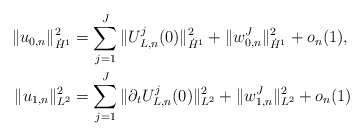
\begin{align*}\| u_{0,n} \|_{\dot H^1}^2 &= \sum_{j = 1}^J \| U^j_{L,n}(0) \|^2_{\dot H^1} + \| w^J_{0,n} \|^2_{\dot H^1} + o_n(1), \\\| u_{1,n} \|_{L^2}^2 &= \sum_{j = 1}^J \| \partial_t U^j_{L,n}(0) \|^2_{L^2}+ \| w^J_{1,n} \|^2_{L^2} + o_n(1) \end{align*}